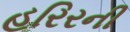
હરિરની